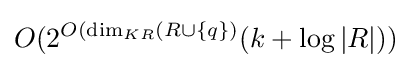
O(2^{O({\text{dim}}_{KR}(R\cup \{q\})}(k+\log |R|))